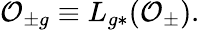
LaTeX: {\cal O}_{\pm g}\equiv L_{g*}({\cal O}_{\pm}).